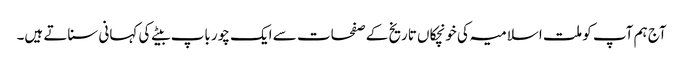
آج ہم آپ کو ملت اسلامیہ کی خونچکاں تاریخ کے صفحات سے ایک چور باپ بیٹے کی کہانی سناتے ہیں۔